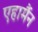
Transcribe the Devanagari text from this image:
एहार्मैन